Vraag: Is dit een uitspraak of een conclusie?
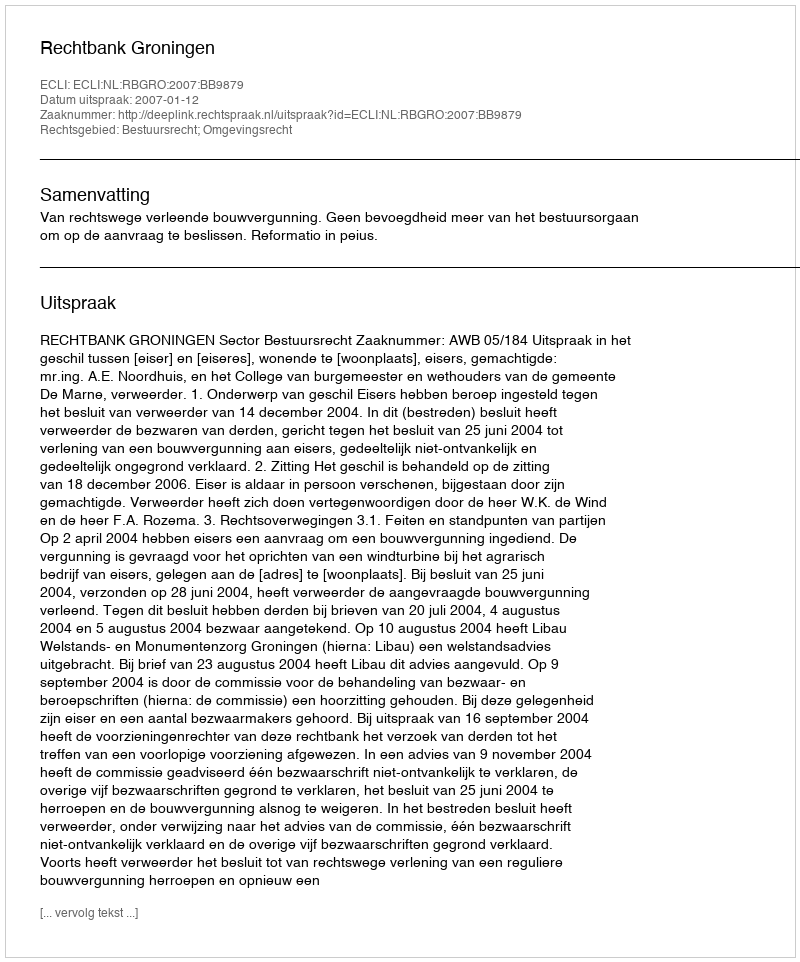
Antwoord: Uitspraak